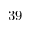
3 9